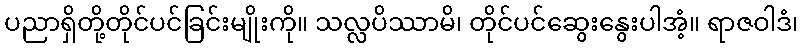
ပညာရှိတို့တိုင်ပင်ခြင်းမျိုးကို။ သလ္လပိဿာမိ၊ တိုင်ပင်ဆွေးနွေးပါအံ့။ ရာဇဝါဒံ၊